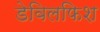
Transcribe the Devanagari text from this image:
डेविलफिश